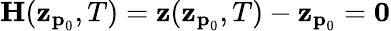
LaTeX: \textbf{H}(\textbf{z}_{\textbf{p}_{0}},T)=\textbf{z}(\textbf{z}_{\textbf{p}_{0}},T)-\textbf{z}_{\textbf{p}_{0}}=\textbf{0}